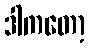
ဒါကတော့